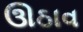
ઊઠાવ